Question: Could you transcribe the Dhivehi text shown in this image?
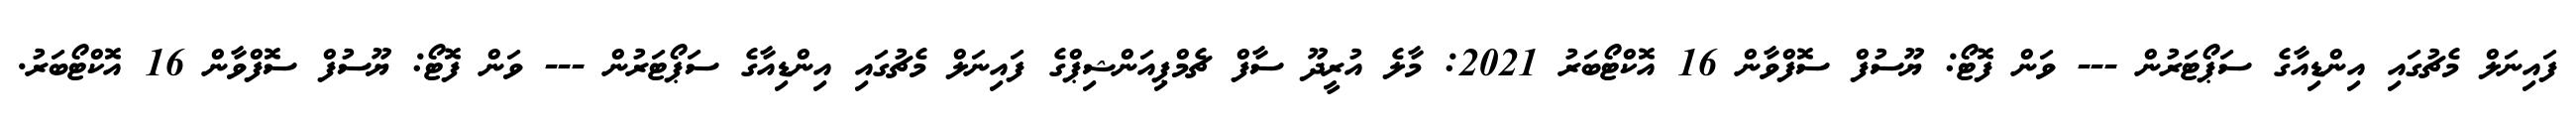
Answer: ފައިނަލް މެޗުގައި އިންޑިއާގެ ސަޕޯޓަރުން --- ވަން ފޮޓޯ: ޔޫސުފް ސޮފްވާން 16 އޮކްޓޯބަރު 2021: މާލެ އުރީދޫ ސާފް ޗެމްޕިއަންޝިޕްގެ ފައިނަލް މެޗުގައި އިންޑިއާގެ ސަޕޯޓަރުން --- ވަން ފޮޓޯ: ޔޫސުފް ސޮފްވާން 16 އޮކްޓޯބަރު.